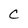
Character: C